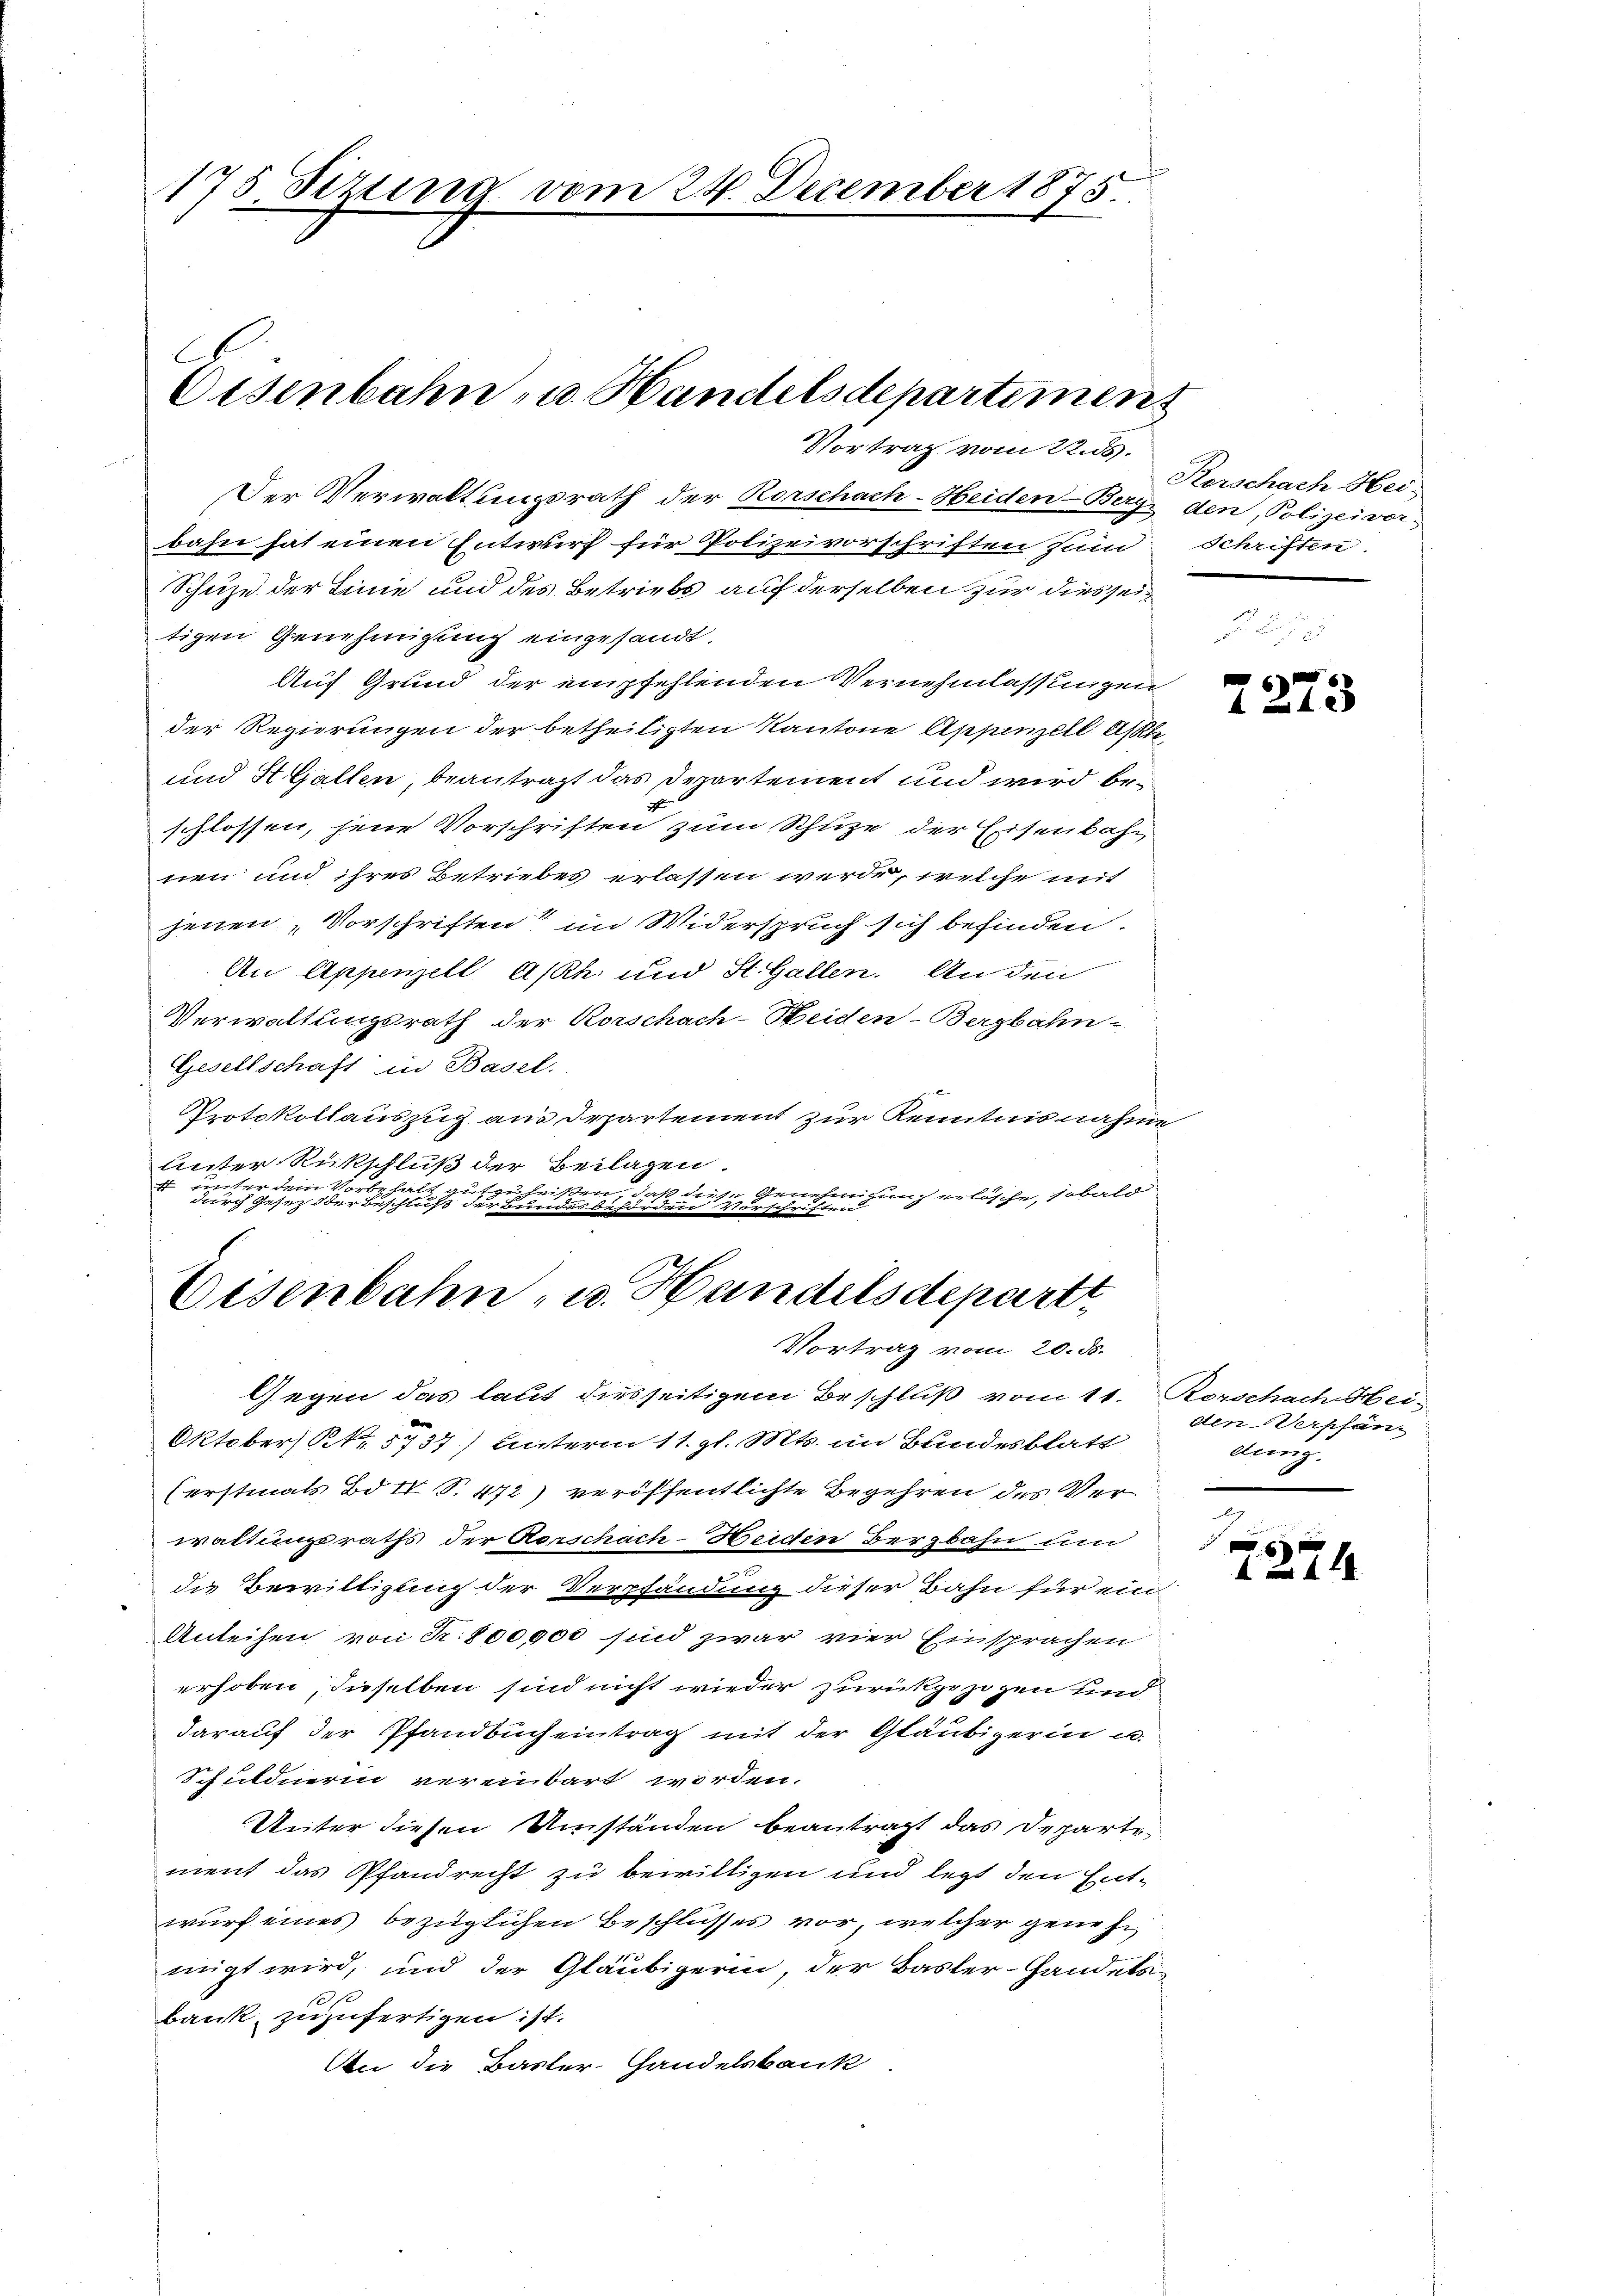
175 Tizung vom 24. December 1875.

C
Eisenbahn- u. Handelsdepartemens
Vortrag vom 22. ds.

Der Verwaltungsrath der Rorschach-Heiden-Bery den, Polizeivor-
bahn hat einen Entwurf für Polizeivorschriften sim: Schriften.
Schuze der Linie und des Betriebs auf derselben zur dies seitigen Genehmigung eingesandt.
Auf Grund der empfehlenden Vernehmlassungen
der Regierungen der betheiligten Kantone Appenzell Asse
und StGallen, beantragt das Departement und wird beschlossen, jene Vorschriften zum Schuze der Eisenbahn
eien und ihres Betriebes erlassen werde, welche mit
jenen „Vorschriften im Widerspruch sich befinden.
An Appenzell A/Rh. und St. Gallen. An den
Verwaltungsrath der Rorschach-Heiden-Bergbahn-
Gesellschaft in Basel.
Protokollauszug aus Departement zur Kenntnisnahme
Unter Rückschluß der Beilagen
iter dem Vorbehalt
zuheißen, daß diese Genehmigung erlösche, sobald
durch Gesez der Beschluß der Bundesbehörden Vorschriften

Eisenbahn- u. Handelsdepart
Vortrag vom 20. ds.

Gegen das laut diesseitigem Beschluß vom 11. Rorschach Hei-
Oktobers Str. 5737) Unterm 11. gl. Mts. im Bundesblatt
(erstinats Bd. II S. 472) veröffentlichte Begehren des Verwaltungsraths der Aeschach-Heiden Bergbahn um
die Bewilligung der Verpfändung dieser Bahn für ein¬
Anleihen von R. 800000 sind zwar vier Einsprachen
erhoben, dieselben sind nicht wieder zurückgezogen und
darauf der Pfandbucheintrag mit der Gläubigerin u.
Schuldnerin vereinbart worden.
Unter diesen Umständen beantragt das Departe
ment das Pfandrecht zu bewilligen und legt den Entwurf eines bezüglichen Beschlusses vor, welcher genehmigt wird, und der Gläubigerin, der Basler-Handelsbank zuzufertigen ist.
An die Basler-Handelsbank

Rorschach Hei-

2273

den Verpfän-
dung.

9
 12 x
6
 4 x